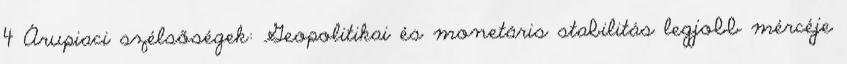
4 Árupiaci szélsőségek: Geopolitikai és monetáris stabilitás legjobb mércéje